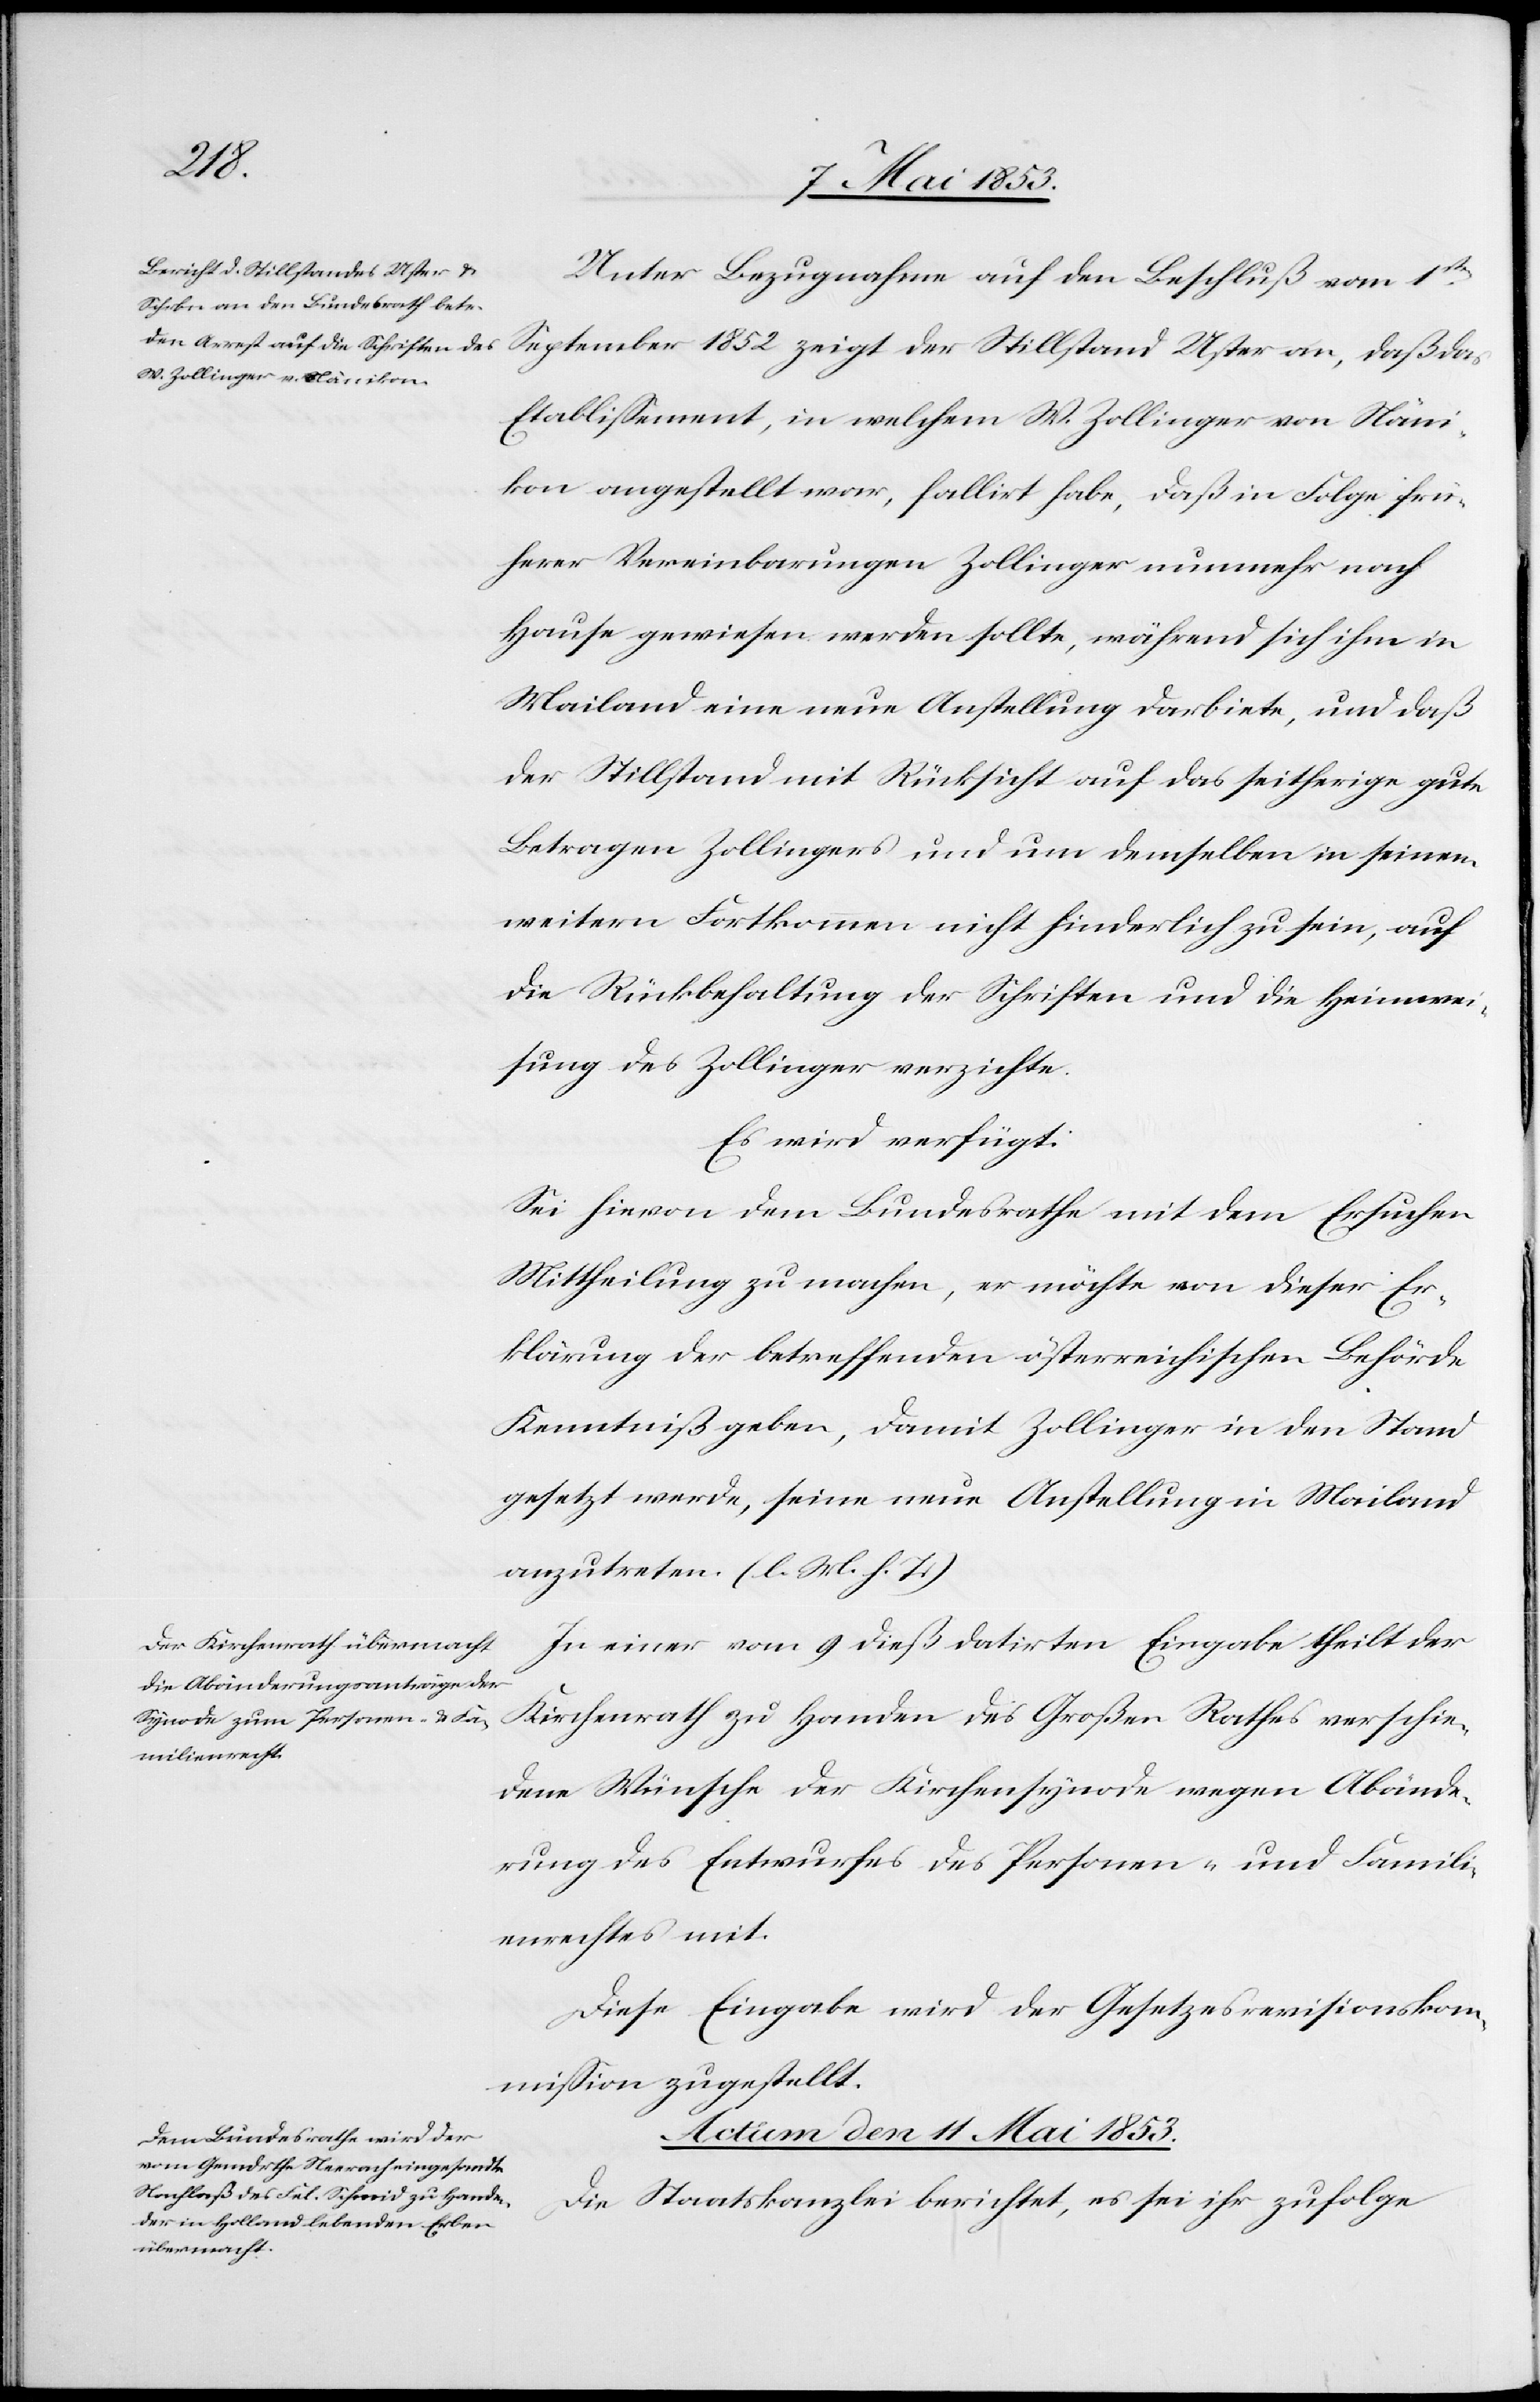
Unter Bezugnahme auf den Beschluß vom 1sten.
September 1852 zeigt der Stillstand Uster an, daß das
Etablißement, in welchem W. Zollinger von Näni¬
kon angestellt war, fallirt habe, daß in Folge frü¬
herer Vereinbarungen Zollinger nunmehr nach
Hause gewiesen werden sollte, während sich ihm in
Mailand eine neue Anstellung darbiete, und daß
der Stillstand mit Rücksicht auf das seitherige gute
Betragen Zollingers und um demselben in seinem
weitern Fortkommen nicht hinderlich zu sein, auf
die Rückbehaltung der Schriften und die Heimwei¬
sung des Zollinger verzichte.
Es wird verfügt:
Sei hievon dem Bundesrathe mit dem Ersuchen,
Mittheilung zu machen, er möchte von dieser Er¬
klärung der betreffenden österreichischen Behörde
Kenntniß geben, damit Zollinger in den Stand
gesetzt werde, seine neue Anstellung in Mailand
anzutreten. [l. M. h. T]
In einer vom 9 dieß datirten Eingabe theilt der
Kirchenrath zu Handen des Großen Rathes verschie¬
dene Wünsche der Kirchensynode wegen Abände¬
rung des Entwurfes des Personen- und Famili¬
enrechtes mit.
Diese Eingabe wird der Gesetzesrevisionskom¬
mißion zugestellt.
Actum den 11 Mai 1853.
Die Staatskanzlei berichtet, es sei ihr zufolge